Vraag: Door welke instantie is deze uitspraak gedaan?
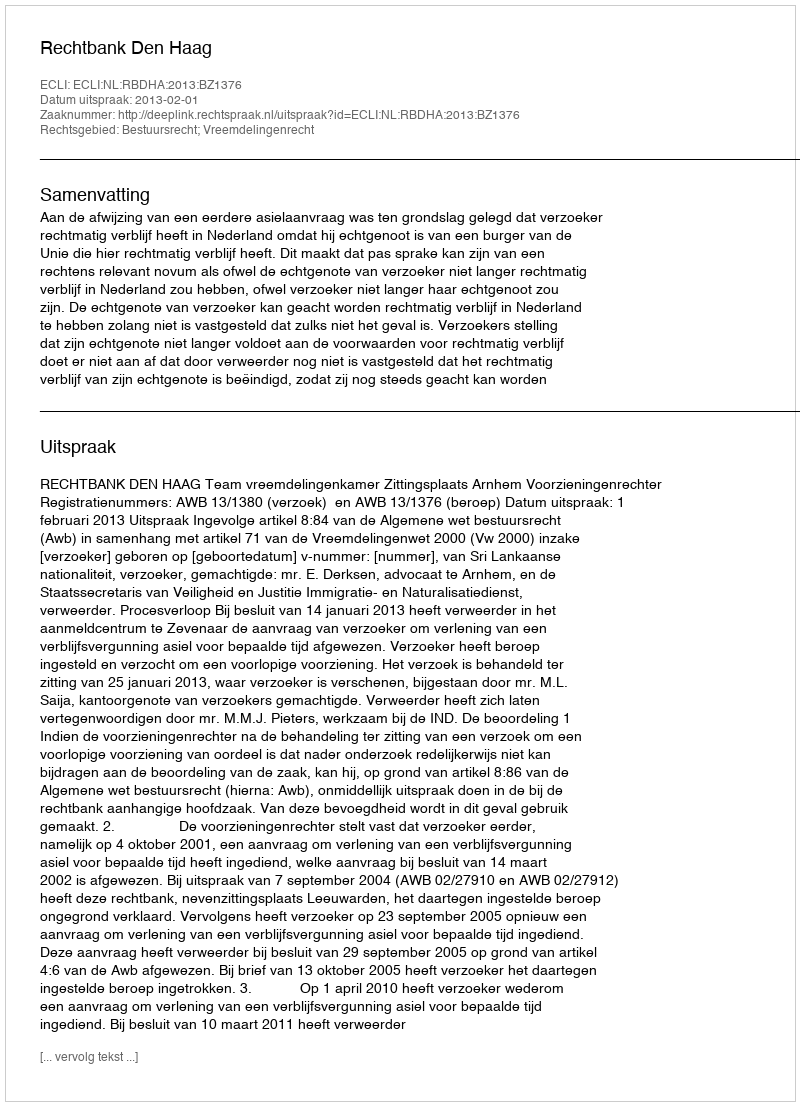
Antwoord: Rechtbank Den Haag